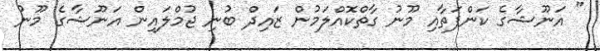
" އަނޫޝާގެ ކަންފަތާއި މޫނު ގާތްކޮއްލަމުން ޒައިދް ބުނި ޖުމްލައިން އަނޫޝާގެ މޫނު